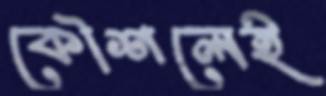
কৌশলেই